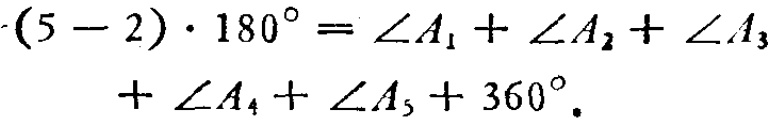
\[(5 - 2)\cdot180^{\circ}=\angle A_{1}+\angle A_{2}+\angle A_{3}+\angle A_{4}+\angle A_{5}+360^{\circ}.\]